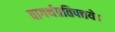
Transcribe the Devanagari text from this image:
वागर्थप्रतिपत्तये।